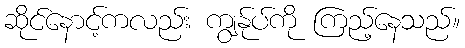
ဆိုင်နောင့်ကလည်း ကျွန်ုပ်ကို ကြည့်နေသည်။